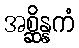
အစ္ဆိန္နကံ